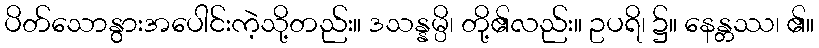
ပိတ်သောနွားအပေါင်းကဲ့သို့တည်း။ ဒသန္နမ္ပိ၊ တို့၏လည်း။ ဥပရိ၊ ၌။ နေန္တဿ၊ ၏။